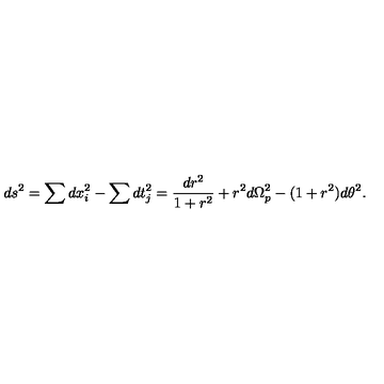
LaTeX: d s ^ { 2 } = \sum d x _ { i } ^ { 2 } - \sum d t _ { j } ^ { 2 } = \frac { d r ^ { 2 } } { 1 + r ^ { 2 } } + r ^ { 2 } d \Omega _ { p } ^ { 2 } - ( 1 + r ^ { 2 } ) d \theta ^ { 2 } .